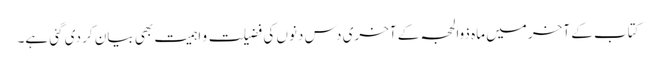
کتاب کے آخر میں ماہ ذوالحجہ کے آخری دس دنوں کی فضیلت و اہمیت بھی بیان کر دی گئی ہے۔